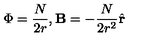
\Phi = \frac { N } { 2 r } , \mathbf { B } = - \frac { N } { 2 r ^ { 2 } } \hat { \mathbf { r } }